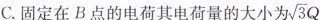
C.固定在B点的电荷其电荷量的大小为\sqrt{3}